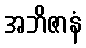
အဘိဇာနံ